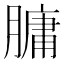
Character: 𦟛